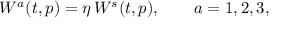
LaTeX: W ^ { a } ( t , p ) = \eta \, W ^ { s } ( t , p ) , \qquad a = 1 , 2 , 3 ,